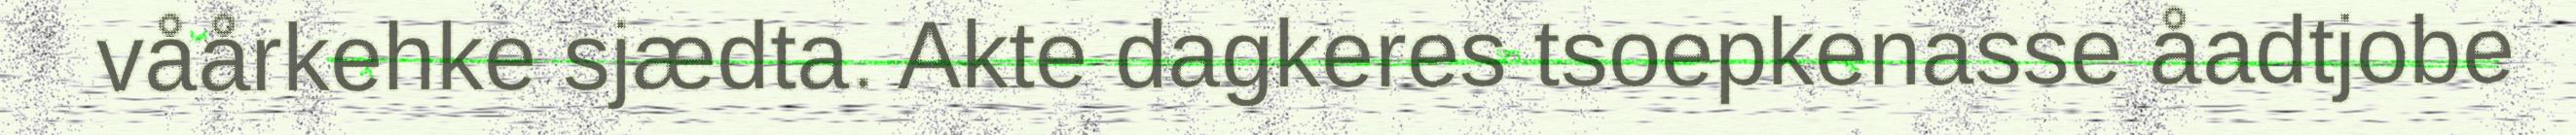
våårkehke sjædta. Akte dagkeres tsoepkenasse åadtjobe